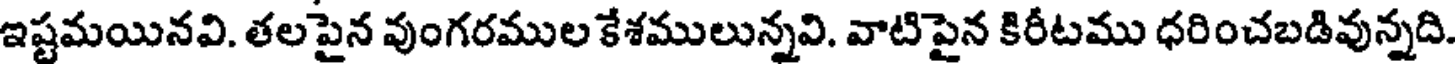
ఇష్టమయినవి. తలపైన వుంగరముల కేశములున్నవి. వాటిపైన కిరీటము ధరించబడివున్నది.